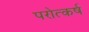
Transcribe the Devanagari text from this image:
परोत्कर्ष